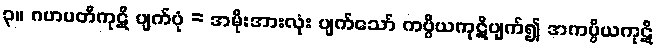
၃။ ဂဟပတိကုဋိ ပျက်ပုံ = အမိုးအားလုံး ပျက်သော် ကပ္ပိယကုဋိပျက်၍ အကပ္ပိယကုဋိ